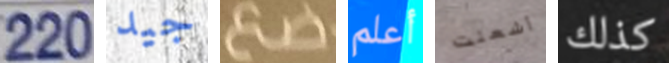
220 جيد ضع أعلم أشعلت كذلك